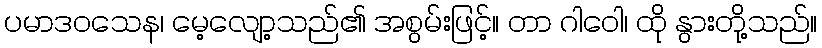
ပမာဒဝသေန၊ မေ့လျော့သည်၏ အစွမ်းဖြင့်။ တာ ဂါဝေါ၊ ထို နွားတို့သည်။